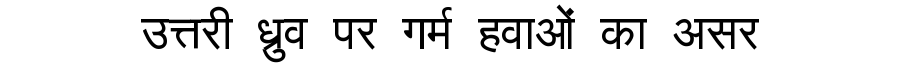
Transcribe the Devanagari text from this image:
उत्तरी ध्रुव पर गर्म हवाओं का असर